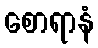
စောရာနံ